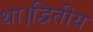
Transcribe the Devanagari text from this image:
था।द्वितीय